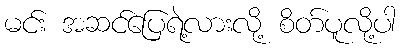
မင်း အဆင်ပြေရဲ့လားလို့ စိတ်ပူလို့ပါ